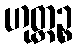
ဟုတ္တဉ္စ